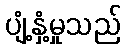
ပျံ့နှံ့မှုသည်